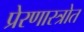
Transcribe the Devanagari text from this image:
प्रेरणास्‍त्रोत